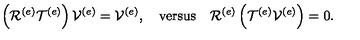
\left( \mathcal { R } ^ { \left( e \right) } \mathcal { T } ^ { \left( e \right) } \right) \mathcal { V } ^ { \left( e \right) } = \mathcal { V } ^ { \left( e \right) } , \quad \mathrm { v e r s u s } \quad \mathcal { R } ^ { \left( e \right) } \left( \mathcal { T } ^ { \left( e \right) } \mathcal { V } ^ { \left( e \right) } \right) = 0 .